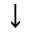
\downarrow